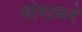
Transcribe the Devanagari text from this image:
गोपाळने